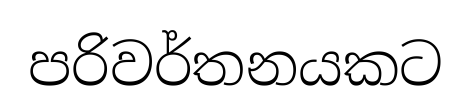
පරිවර්තනයකට